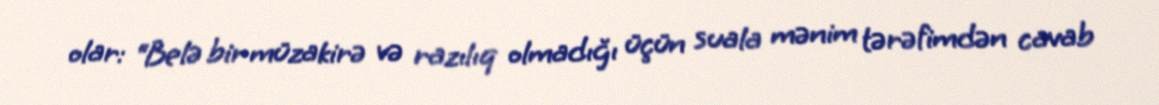
olar: “Belə bir müzakirə və razılıq olmadığı üçün suala mənim tərəfimdən cavab